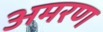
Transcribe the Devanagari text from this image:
अमरण